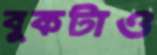
বুকটাও